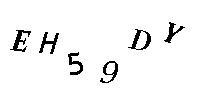
EH59DY